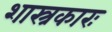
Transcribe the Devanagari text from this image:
शास्त्रकारः